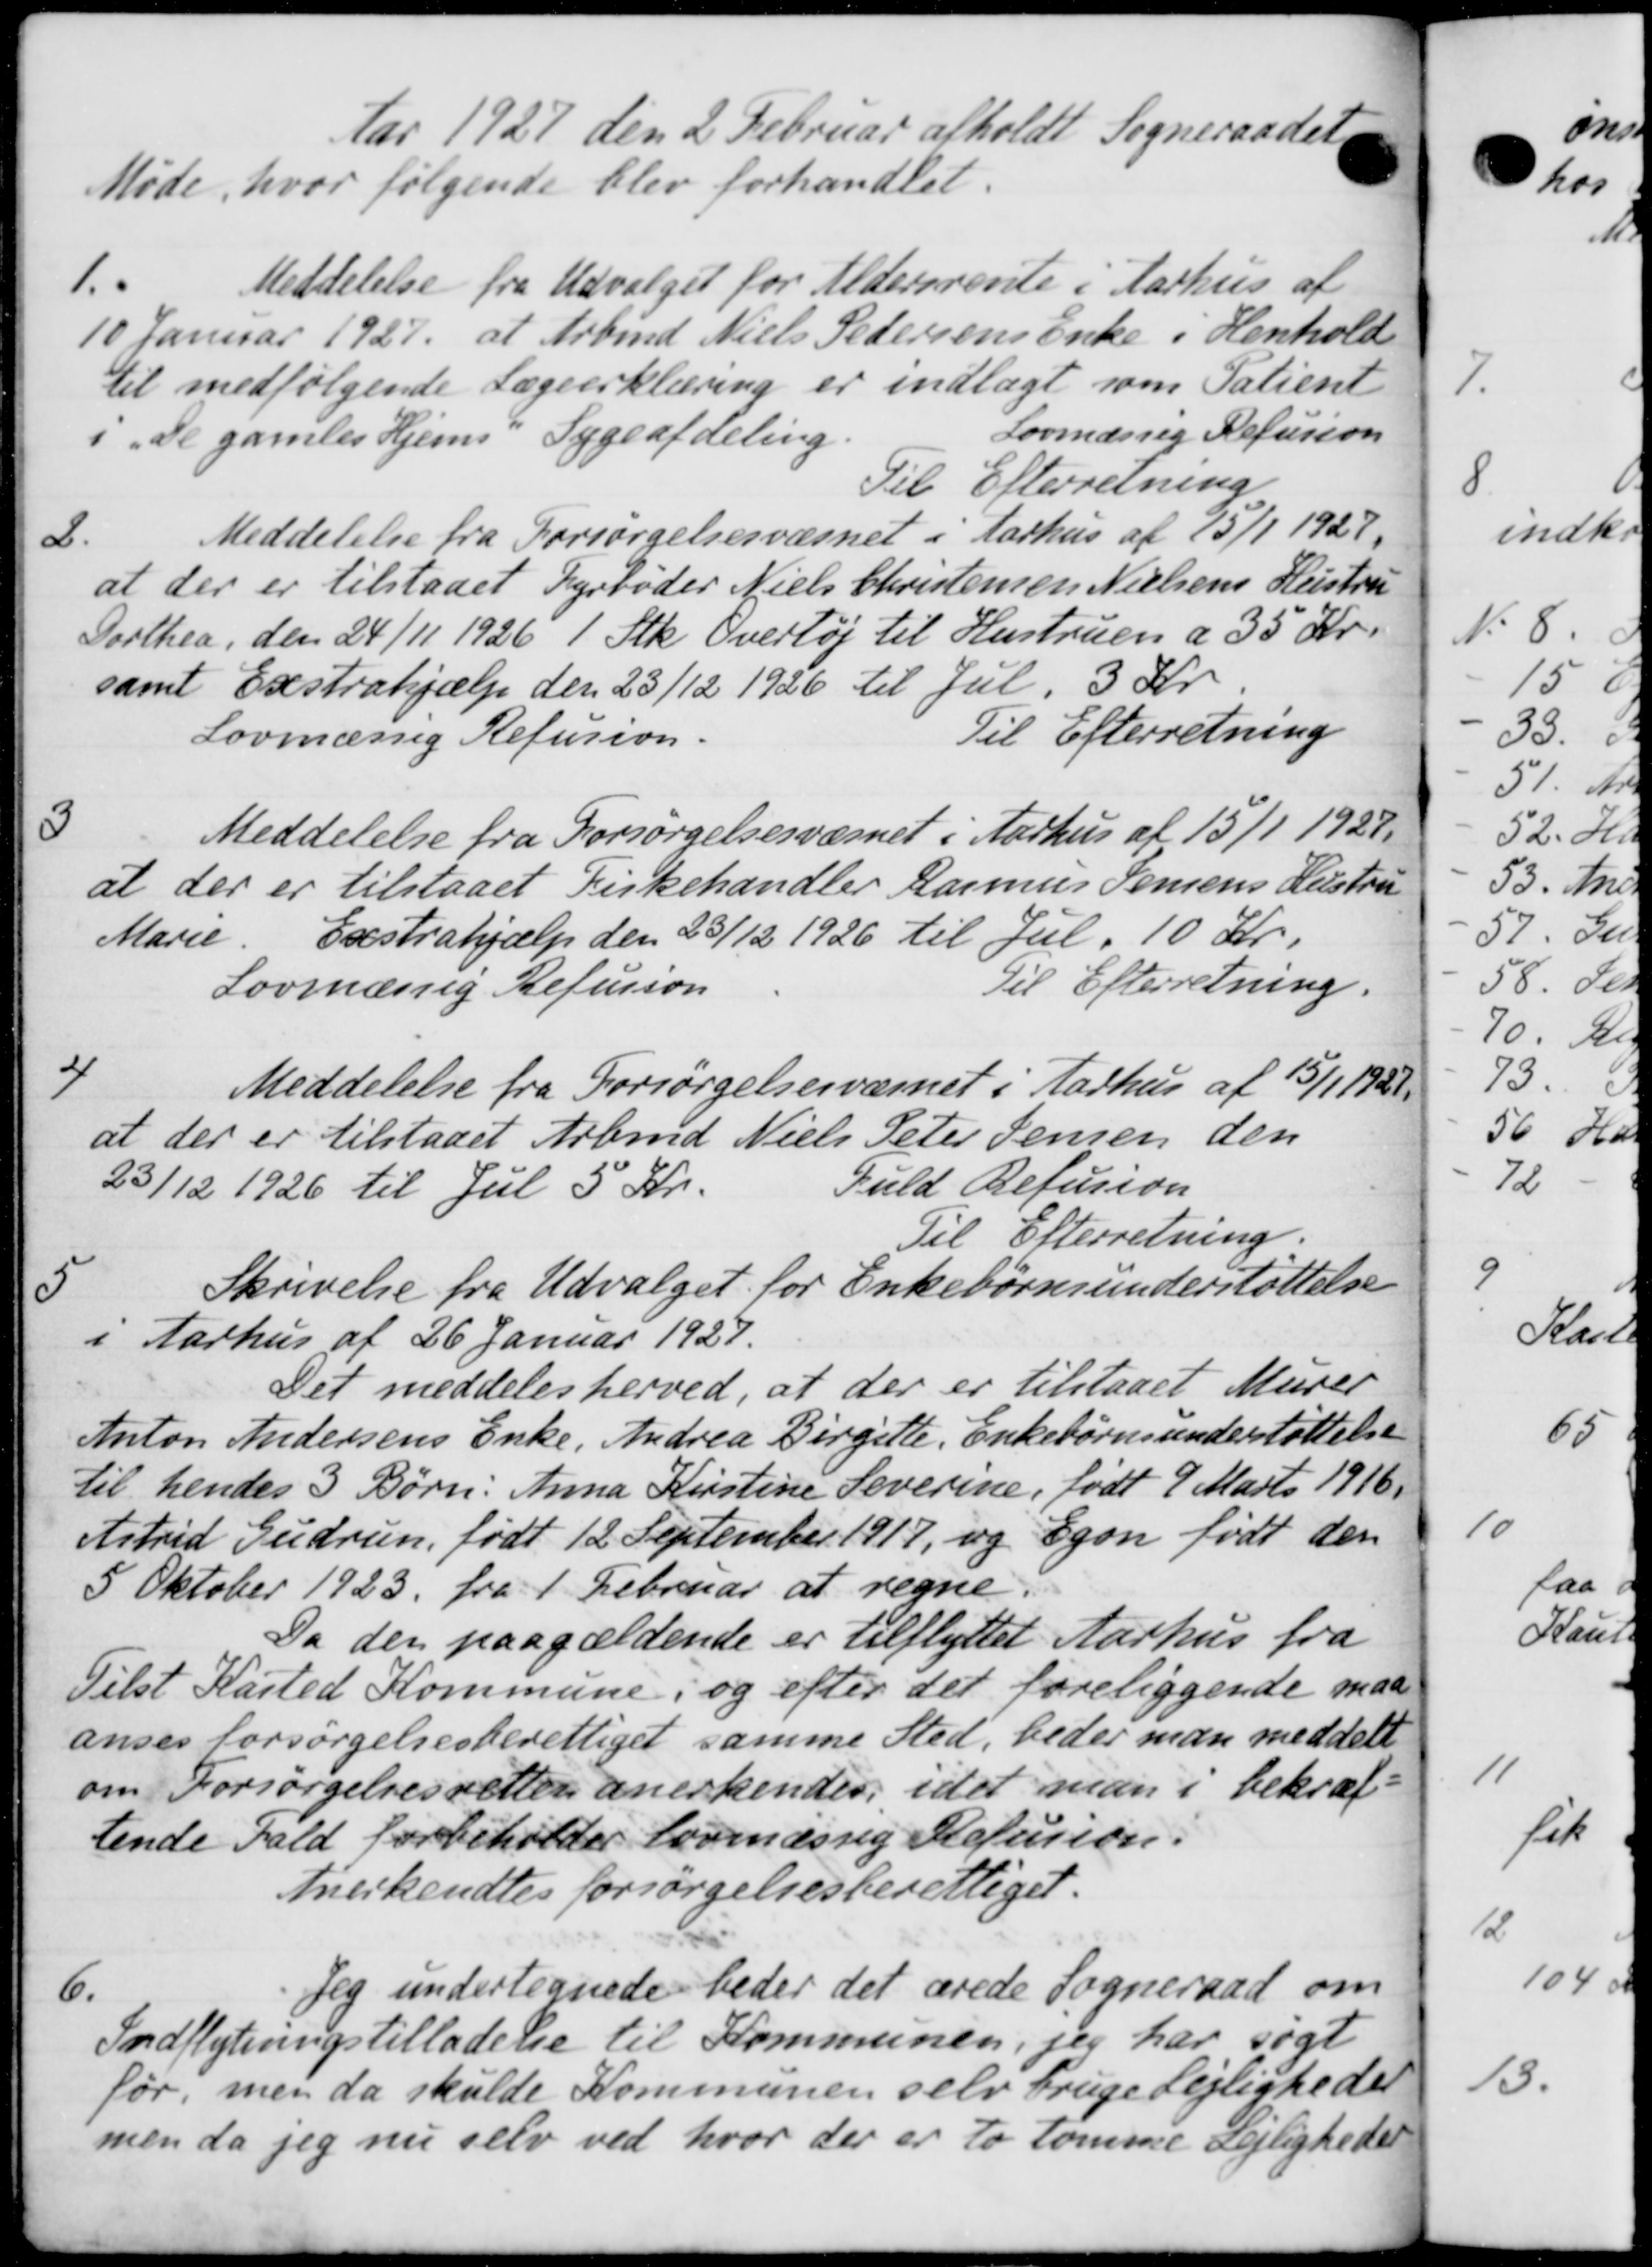
Transskription:
Aar 1927 den 2 Februar afholdt Sogneraadets
Møde, hvor følgende blev forhandlet.

Meddelelse fra Udvalget for Aldersrente i Aarhus af
10 Januar 1927, at Arbmd Niels Pedersens Enke i Henhold
til medfølgende Lægeerklæring er indlagt som Patient
Lovmæssig Refusion
i De gamles Hjems Sygeafdeling.
Til Efterretning
2.
Meddelelse fra Forsørgelsesvæsnet i Aarhus af 15/1 1927
at der er tilstaaet Fyrbøder Niels Christensen Nielsens Hustru
Dorthea, den 24/11 1926 1 Stk Overtøj til Hustruen a 35 Kr.
samt Exstrahjælp den 23/12 1926 til Jul. 3 Kr.
Lovmæssig Refusion.
Til Efterretning
3
Meddelelse fra Forsørgelsesvæsnet i Aarhus af 15/1 1927.
at der er tilstaaet Kirkehandler Rasmus Jensens Hustru
Marie. Exstrahjælp den 23/12 1926 til Jul. 10 Kr.
Lovmæssig Refusion
Til Efterretning.

Meddelelse fra Forsørgelsesvæsnet i Aarhus af 15/1 1921.
at der er tilstaaet Arbmd Niels Peter Jensen den
Fuld Refusion
23/12 1926 til Jul 5 Kr.
Til Efterretning.

Skrivelse fra Udvalget for Enkebørnsunderstøttelse
i Aarhus af 26 Januar 1929.
Det meddeles herved, at der er tilstaaet Murer
Anton Andersens Enke, Andrea Birgitte, Enkebørnsunderstøttelse
til hendes 3 Børn: Anna Kirstine Severine, født 9 Marts 1916.
Astrid Gudrun, født 12 September 1917, og Egon født den
5 Oktober 1923 fra 1 Februar at regne.
Da den paagældende er tilflyttet Aarhus fra
Tilst Kasted Kommune i og efter det foreliggende maa
anses forsørgelsesberettiget samme Sted, beder man meddelt
om Forsørgelsesretten anerkendes, idet man i bekræf-
tende Fald forbeholder lovmæssig Refusion:
Anerkendtes forsørgelsesberettiget.
6.
Jeg undertegnede beder det ærede Sogneraad om
Indflytningstilladelse til Kommunen, jeg har søgt
før, men da skulde Kommunen selv bruge Lejligheder
men da jeg nu selv ved hvor der er to tomme Lejligheder